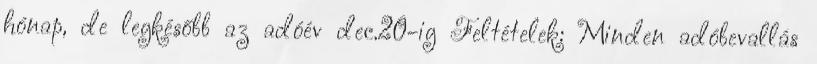
hónap, de legkésőbb az adóév dec.20-ig Feltételek: Minden adóbevallás